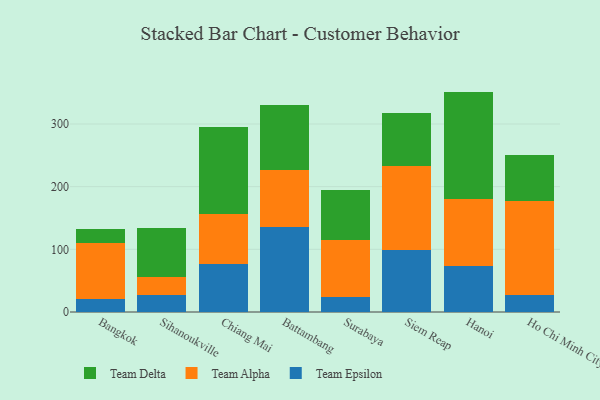
{"axis": {"x": "City", "y": "Energy Usage (MWh)"}, "legend": ["Team Alpha", "Team Delta", "Team Epsilon"], "data": [{"x": "Bangkok", "y": 20.2, "type": "Team Epsilon"}, {"x": "Bangkok", "y": 89.6, "type": "Team Alpha"}, {"x": "Bangkok", "y": 22.3, "type": "Team Delta"}, {"x": "Sihanoukville", "y": 27.6, "type": "Team Epsilon"}, {"x": "Sihanoukville", "y": 28.0, "type": "Team Alpha"}, {"x": "Sihanoukville", "y": 78.3, "type": "Team Delta"}, {"x": "Chiang Mai", "y": 76.3, "type": "Team Epsilon"}, {"x": "Chiang Mai", "y": 80.4, "type": "Team Alpha"}, {"x": "Chiang Mai", "y": 139.3, "type": "Team Delta"}, {"x": "Battambang", "y": 135.3, "type": "Team Epsilon"}, {"x": "Battambang", "y": 91.3, "type": "Team Alpha"}, {"x": "Battambang", "y": 103.3, "type": "Team Delta"}, {"x": "Surabaya", "y": 23.9, "type": "Team Epsilon"}, {"x": "Surabaya", "y": 90.4, "type": "Team Alpha"}, {"x": "Surabaya", "y": 79.6, "type": "Team Delta"}, {"x": "Siem Reap", "y": 99.5, "type": "Team Epsilon"}, {"x": "Siem Reap", "y": 133.1, "type": "Team Alpha"}, {"x": "Siem Reap", "y": 84.6, "type": "Team Delta"}, {"x": "Hanoi", "y": 73.0, "type": "Team Epsilon"}, {"x": "Hanoi", "y": 107.1, "type": "Team Alpha"}, {"x": "Hanoi", "y": 171.6, "type": "Team Delta"}, {"x": "Ho Chi Minh City", "y": 26.8, "type": "Team Epsilon"}, {"x": "Ho Chi Minh City", "y": 150.5, "type": "Team Alpha"}, {"x": "Ho Chi Minh City", "y": 73.8, "type": "Team Delta"}]}